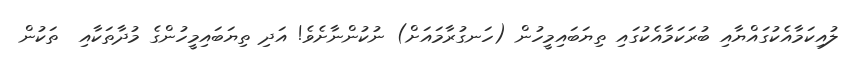
ލުއިކަމާއެކުގައްޔާއި ބުރަކަމާއެކުގައި ތިޔަބައިމީހުން (ހަނގުރާމައަށް) ނުކުންނާށެވެ! އަދި ތިޔަބައިމީހުންގެ މުދާތަކާއި  ތަކުން